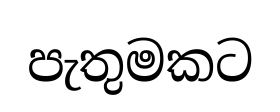
පැතුමකට